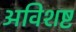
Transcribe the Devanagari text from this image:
अविशष्ट